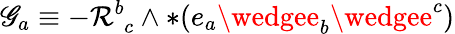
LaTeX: \mathscr{G}_{a}\equiv-\mathcal{R}_{\, \, c}^{b}\wedge*(e_{a}\wedgee_{b}\wedgee^{c})